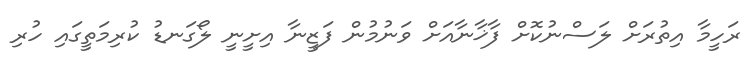
ރަހީމާ އިތުރަށް ލަސްނުކޮށް ފާޚާނާއަށް ވަނުމުން ފަޒީނާ އިށީނީ ލޯގަނޑު ކުރިމަތީގައި ހުރި